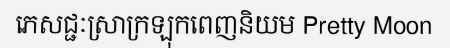
ភេសជ្ជៈស្រាក្រឡុកពេញនិយម Pretty Moon